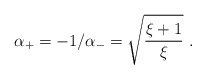
\begin{align*}\alpha_+=-1/\alpha_-=\sqrt{\xi +1\over\xi}\ .\end{align*}